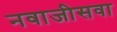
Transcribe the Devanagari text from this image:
नवाजीसवा